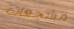
مشجعات